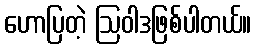
ဟောပြတဲ့ ဩဝါဒဖြစ်ပါတယ်။